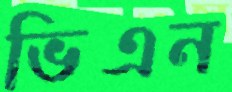
ভিএন